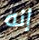
إنه